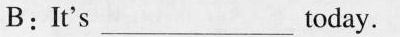
B:It's___today.